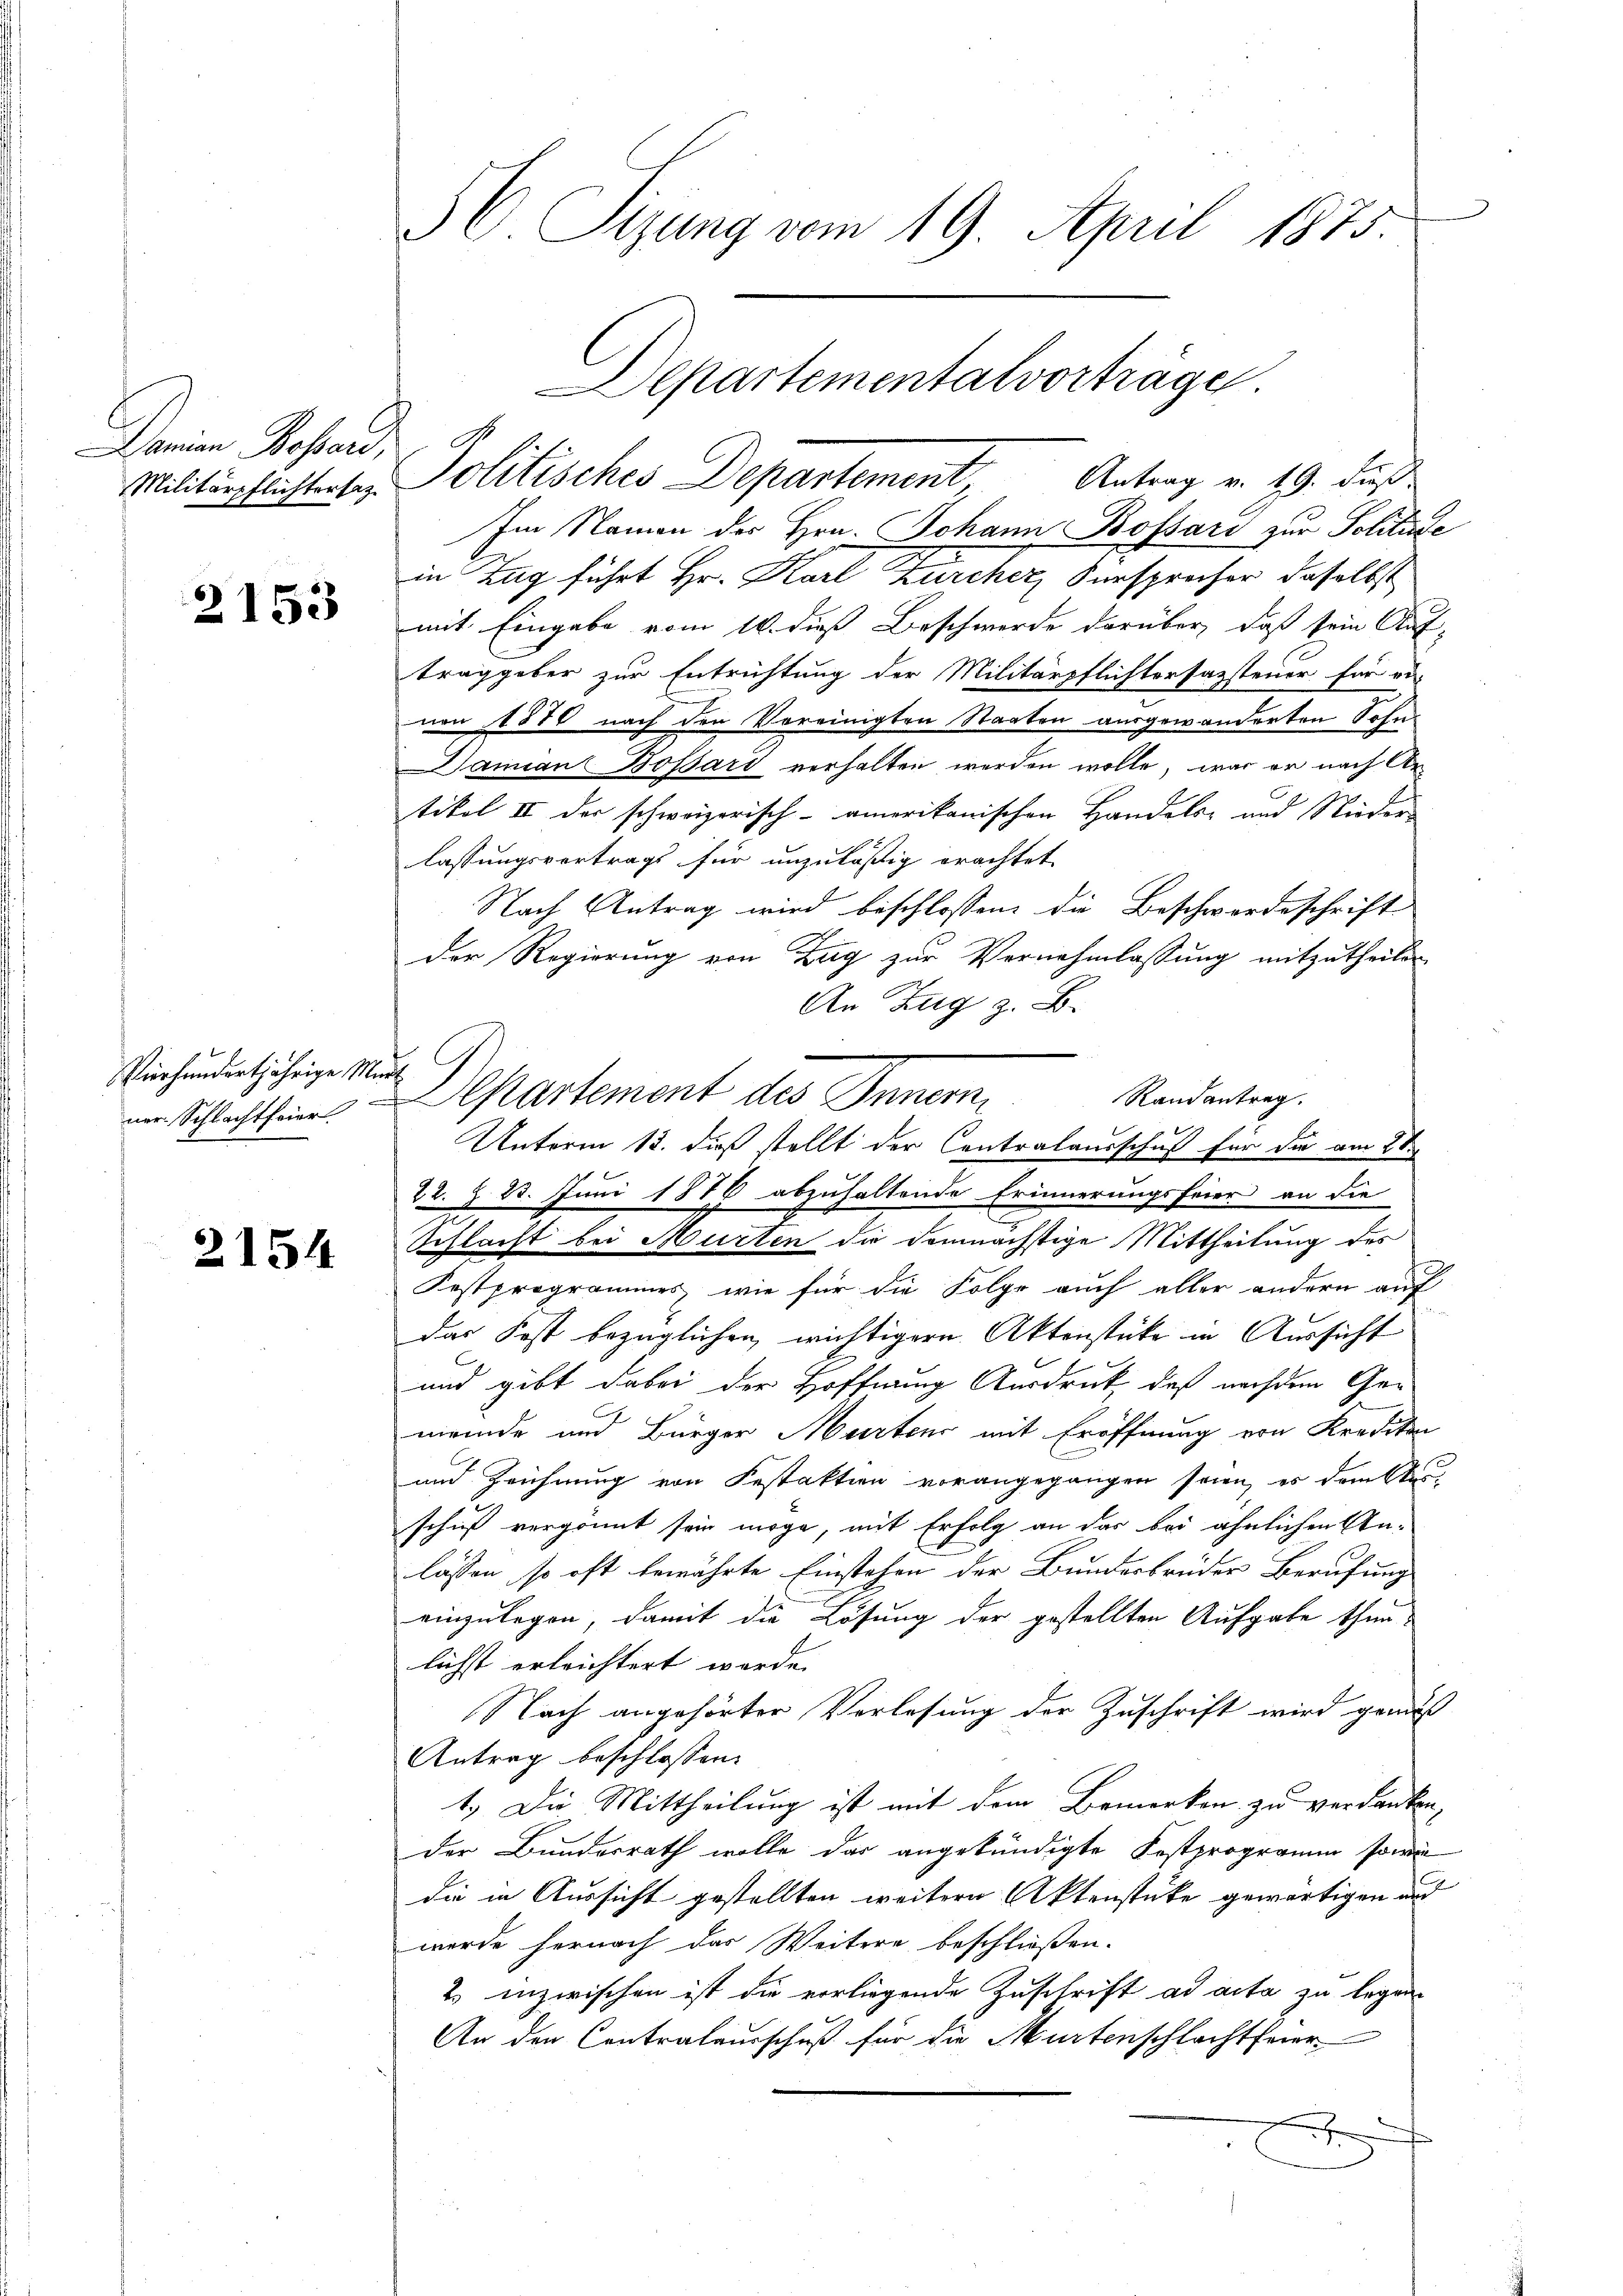
Damian Bossard,

2153

Vierhundertjährige Müde
ner-Schlachtfeier

2154

C. Sizung vom 19. April 1875.

Im Namen des Hrn. Johann Bossard zur Politäte
in Zug führt Hr. Karl Zürcher Fürsprecher daselbst
mit Eingabe vom 16. dieß Beschwerde darüber, daß sein Auf-
traggeber zur Entrichtung der Militärpflichtersazsteuer für ei-
nen 1870 nach den Vereinigten Staaten ausgewanderten Sohn
Damian Bossard verhalten werden wolle, war er nach Antikel II der schweizerisch-amerikanischen Handels- und Nieder
lassungsvertrags für unzuläßig erachtet
Nach Antrag wird beschlossen, die Beschwerdeschrift
Der Regierung von Zug zur Vernehmlassung mitzutheilen
An Zug z. B.
Departement des Inner
Randantrag.
Unterm 13. dieß stellt der Centralausschuß für die am 2ten
22. §. 23. Juni 1876 abzuhaltende Erinnerungsfeier an die
Schlacht bei Murten die demnächstige Mittheilung des
Festprogrammes, wie für die Folge auch aller andern auf
Das Post bezüglichen wichtigern Aktenstücke in Aussicht
und gibt dabei der Hoffnung Ausdruck, daß nachdem Gemeinde und Bürger Murtens mit Eröffnung von Krediton
und Zeichnung von Festaktion vorangegangen seien, es drucktes
schuß vergönnt sein möge, mit Erfolg an das bei ähnlichen An-
lassen, so oft bewährte Einstehen der Bundesbrüder Berufung
einzulegen, damit die Lösung der gestellten Aufgabe thun
lichst erleichtert werde.
Nach angehörter Verlesung der Zuschrift wird genuß
Antrag beschlossen:
1.) Die Mittheilung ist mit dem Bemerken zu verdanken.
der Bundesrath wolle das angekündigte Festprogramm sowie
die in Aussicht gestellten weitern Aktenstücke gewärtigen und
wurde hernach das Weitere beschließen.
2. inzwischen ist die vorliegende Zuschrift ad acta zu legen.
An den Contralausschuß für die Murtenschlachtfeier
x

Departementalvorträge
Militärpflichterser Politisches Departement, Antrag v. 19. dieß